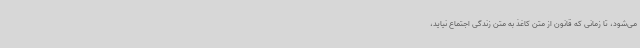
می‌شود، تا زمانی که قانون از متن کاغذ به متن زندگی اجتماع نیاید،